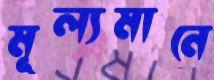
মূল্যমানে